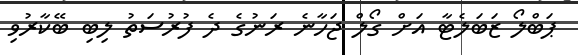
ޕަބްލޯ ޒަބަލެޓާ އަށް ގޯލް ޖަހާނެ ރަނުގެ ދެ ފުރުސަތު ލިބި ބޭކާރުވި